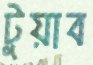
টুয়াব